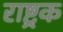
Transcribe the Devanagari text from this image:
राष्ट्रक